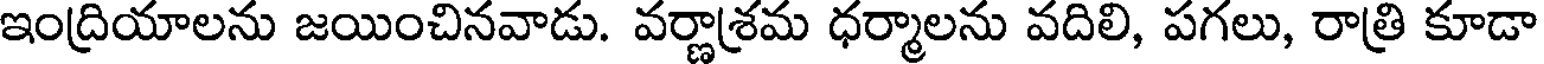
ఇంద్రియాలను జయించినవాడు. వర్ణాశ్రమ ధర్మాలను వదిలి, పగలు, రాత్రి కూడా